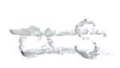
Text: as
Cross-out: double-line
Writing tool: pencil